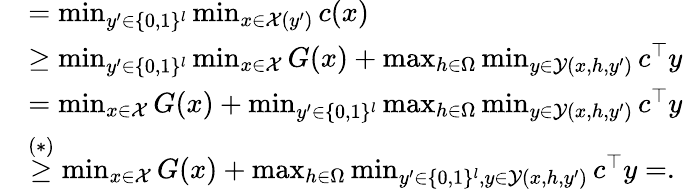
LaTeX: \begin{array}{rl}&{=\operatorname*{min}_{y^{\prime}\in\{ 0,1\} ^{l}}\operatorname*{min}_{x\in\mathcal{X}(y^{\prime})}c(x)}\\ &{\geq\operatorname*{min}_{y^{\prime}\in\{ 0,1\} ^{l}}\operatorname*{min}_{x\in\mathcal{X}}G(x)+\operatorname*{max}_{h\in\Omega}\operatorname*{min}_{y\in\mathcal{Y}(x,h,y^{\prime})}c^{\top}y}\\ &{=\operatorname*{min}_{x\in\mathcal{X}}G(x)+\operatorname*{min}_{y^{\prime}\in\{ 0,1\} ^{l}}\operatorname*{max}_{h\in\Omega}\operatorname*{min}_{y\in\mathcal{Y}(x,h,y^{\prime})}c^{\top}y}\\ &{\overset{(*)}{\geq}\operatorname*{min}_{x\in\mathcal{X}}G(x)+\operatorname*{max}_{h\in\Omega}\operatorname*{min}_{y^{\prime}\in\{ 0,1\} ^{l},y\in\mathcal{Y}(x,h,y^{\prime})}c^{\top}y=.}\end{array}